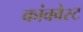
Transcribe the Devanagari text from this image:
कांक्वेस्ट